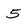
Character: 5